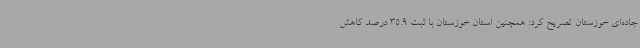
جاده‌ای خوزستان تصریح کرد: همچنین استان خوزستان با ثبت 35.9 درصد کاهش